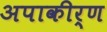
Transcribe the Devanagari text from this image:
अपाकीर्ण